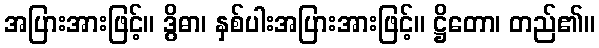
အပြားအားဖြင့်။ ဒွိဓာ၊ နှစ်ပါးအပြားအားဖြင့်။ ဋ္ဌိတော၊ တည်၏။